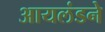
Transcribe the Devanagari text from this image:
आयलंडने